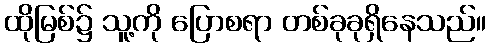
ထိုမြစ်၌ သူ့ကို ပြောစရာ တစ်ခုခုရှိနေသည်။